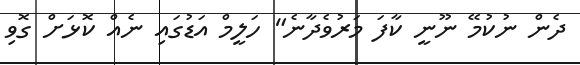
ދެން ނުކުމޭ ނޫނީ ކާފަ މަރުވެދާނެ" ހަލީމް އަޑުގައި ނެއް ކޮޅަށް ގޮވި